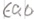
Text: E0.0